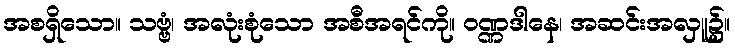
အစရှိသော။ သဗ္ဗံ၊ အလုံးစုံသော အစီအရင်ကို။ ဝဏ္ဏဒါနေ၊ အဆင်းအလှူ၌။